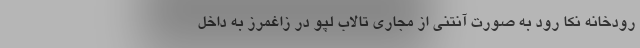
رودخانه نکا رود به صورت آنتنی از مجاری تالاب لپو در زاغمرز به داخل